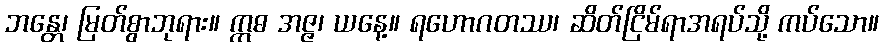
ဘန္တေ၊ မြတ်စွာဘုရား။ ဣဓ အဇ္ဇ၊ ယနေ့။ ရဟောဂတဿ၊ ဆိတ်ငြိမ်ရာအရပ်သို့ ကပ်သော။